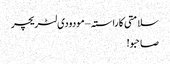
سلامتی کا راستہ – مودودی لٹریچر
صاحبو!